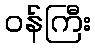
ဝန်ကြီး